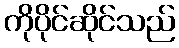
ကိုပိုင်ဆိုင်သည်